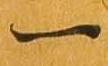
一